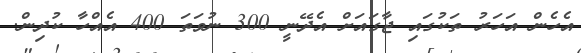
އެހެން އަހަރު ތަކުގައި ޖާގައަށް އެދޭނީ 300 ނުވަތަ 400 އެއްހާ ކުދިން.